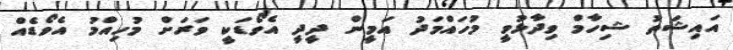
އައިޝަތު ޝިހާމް ވިދާޅުވީ މުހައްމަދު އަމީން ދީދީ އެވޯޑަކީ ވަރަށް މުހިއްމު އެވޯޑެއް